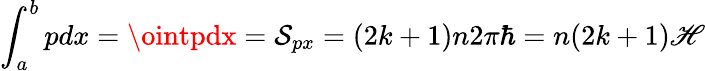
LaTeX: \int_{a}^{b}pdx=\ointpdx=\mathcal{S}_{px}=(2k+1)n2\pi\hbar=n(2k+1)\mathscr{H}